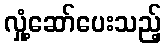
လှုံ့ဆော်ပေးသည့်